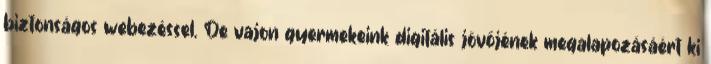
biztonságos webezéssel. De vajon gyermekeink digitális jövőjének megalapozásáért ki